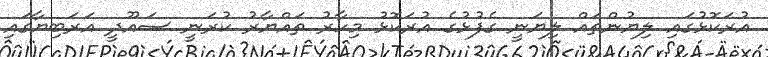
އުރަކޮޅުގައި ލިޔުންތައް ލިޔަނީ ގެފުޅުގެ އުރަކޮޅު މިހާރު ތައްޔާރު ކުރަނީ ސައޫދީ އަރަބިޔާގައި